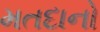
મતદાનો